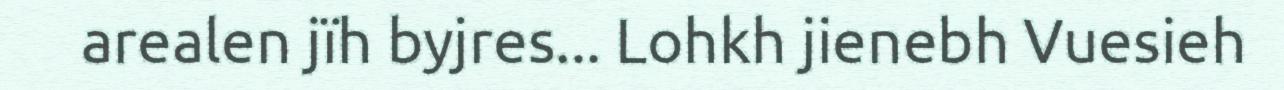
arealen jïh byjres... Lohkh jienebh Vuesieh